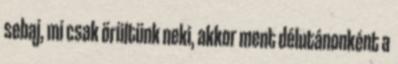
sebaj, mi csak örültünk neki, akkor ment délutánonként a